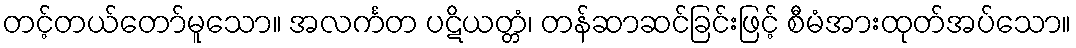
တင့်တယ်တော်မူသော။ အလင်္ကတ ပဋိယတ္တံ၊ တန်ဆာဆင်ခြင်းဖြင့် စီမံအားထုတ်အပ်သော။